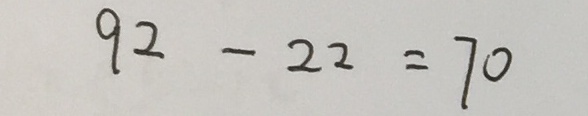
9 2 - 2 2 = 7 0